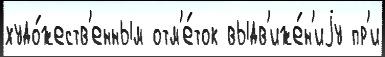
худо́жеств'енным отм'е́ток выдв'иже́н'иjу пр'и